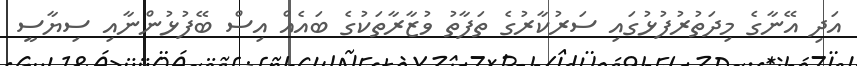
އަދި އޭނާގެ މިދަތުރުފުޅުގައި ސަރުކާރުގެ ތަފާތު ވުޒާރާތަކުގެ ބައެއް އިސް ބޭފުޅުންނާއި ސިޔާސީ